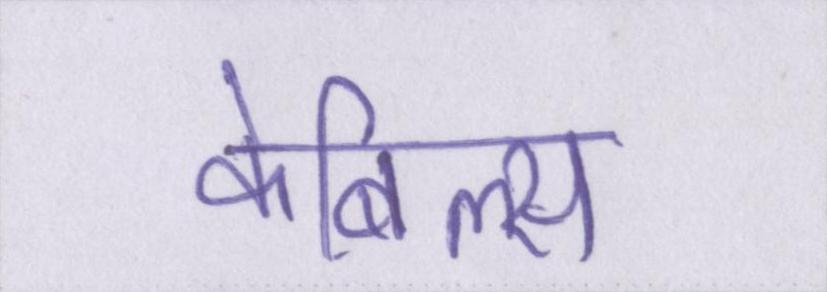
केबिल्स